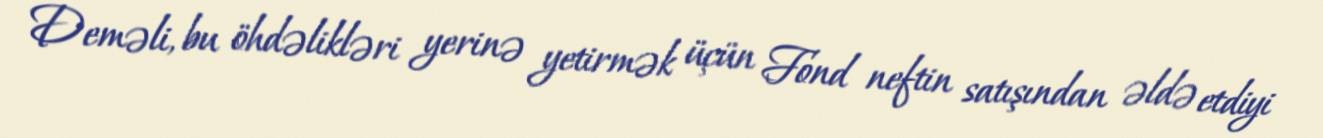
Deməli, bu öhdəlikləri yerinə yetirmək üçün Fond neftin satışından əldə etdiyi